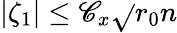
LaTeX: |\zeta_{1}|\le\mathscr{C}_{x}\sqrt{}{{r_{0}n}}